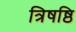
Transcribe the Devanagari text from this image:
त्रिषष्ठि